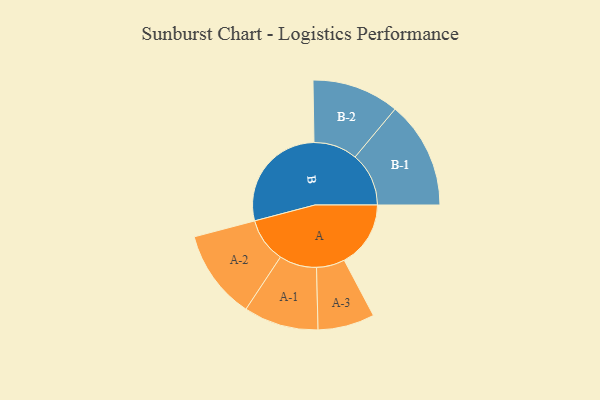
{"axis": {"x": "Segment", "y": "Value"}, "legend": ["", "A", "B"], "data": [{"x": "A", "y": 265, "type": ""}, {"x": "B", "y": 443, "type": ""}, {"x": "A-1", "y": 149, "type": "A"}, {"x": "A-2", "y": 178, "type": "A"}, {"x": "A-3", "y": 113, "type": "A"}, {"x": "B-1", "y": 214, "type": "B"}, {"x": "B-2", "y": 174, "type": "B"}]}